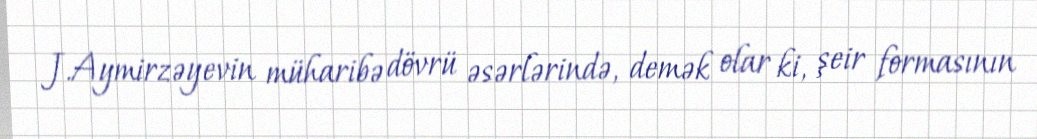
J.Aymirzəyevin müharibə dövrü əsərlərində, demək olar ki, şeir formasının